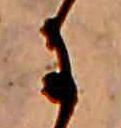
に